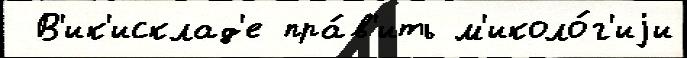
 В'ик'исклад'е пра́в'ить м'иколо́г'иjи